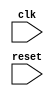
module USB_Controller (
    input wire clk,
    input wire reset,
    // other input/output ports
    
    // timing control and synchronization block
);

// timing control and synchronization block implementation
// your code here

endmodule